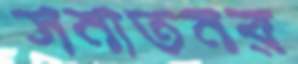
সনাতনর